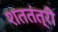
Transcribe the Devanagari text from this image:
शततंत्री